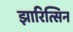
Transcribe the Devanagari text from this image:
झारित्सिन